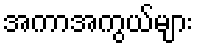
အကာအကွယ်များ